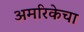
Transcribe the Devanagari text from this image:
अमरिकेचा